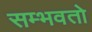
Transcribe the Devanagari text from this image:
सम्भवतो